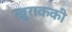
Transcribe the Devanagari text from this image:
खुराककी